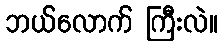
ဘယ်လောက် ကြီးလဲ။